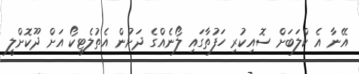
އޭނާ އެ ކްލަބަށް ސޮއިކުރި ހަފުތާގައި ލޯނެއްގެ ދަށުން އެތުލެޓިކޯ އަށް ދޫކޮށްލީ